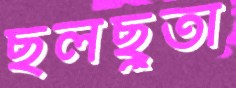
ছলছুতা